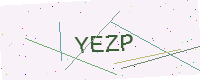
Text: YEZP